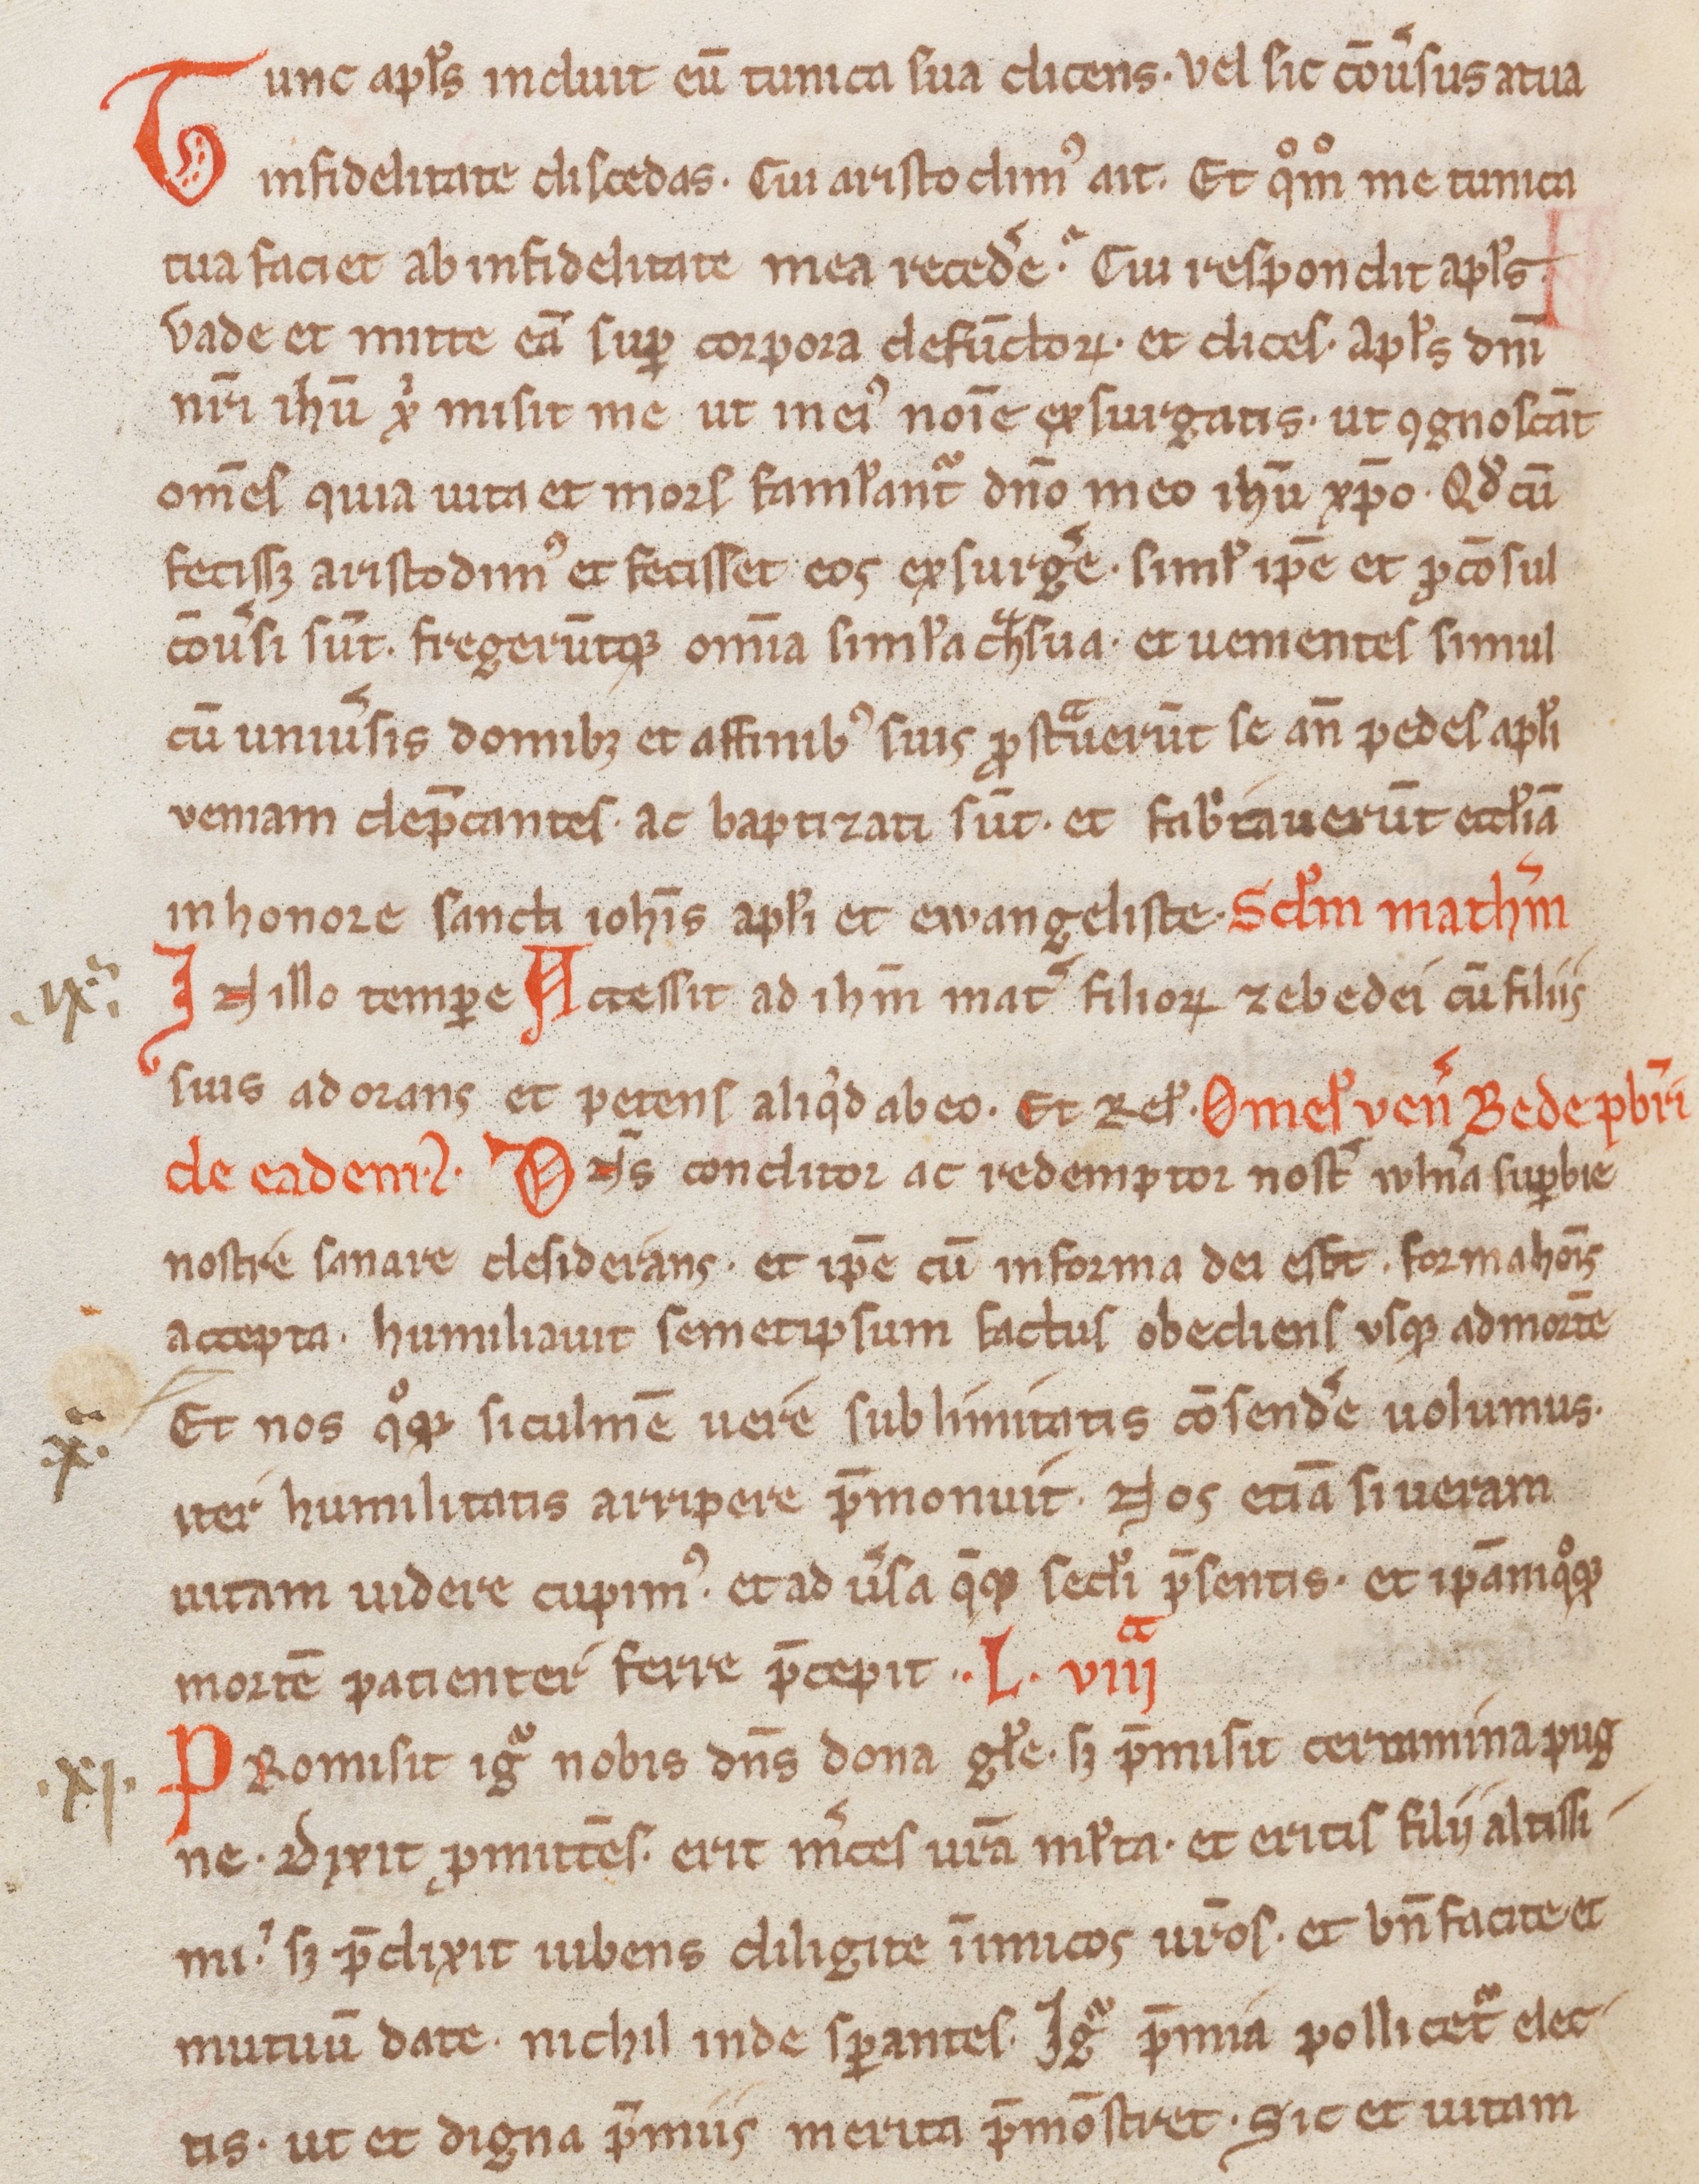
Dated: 1200–1299